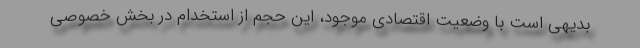
بدیهی است با وضعیت اقتصادی موجود، این حجم از استخدام در بخش خصوصی